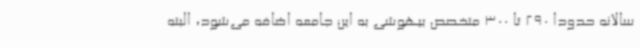
سالانه حدودا 290 تا 300 متخصص بیهوشی به این جامعه اضافه می‌شود، البته